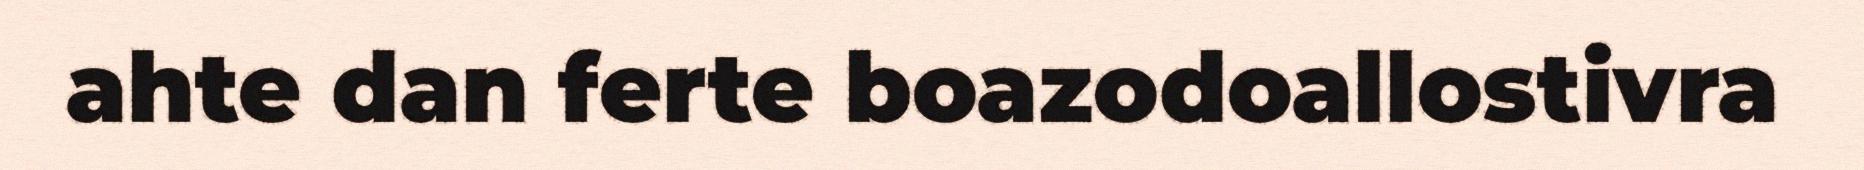
ahte dan ferte boazodoallostivra